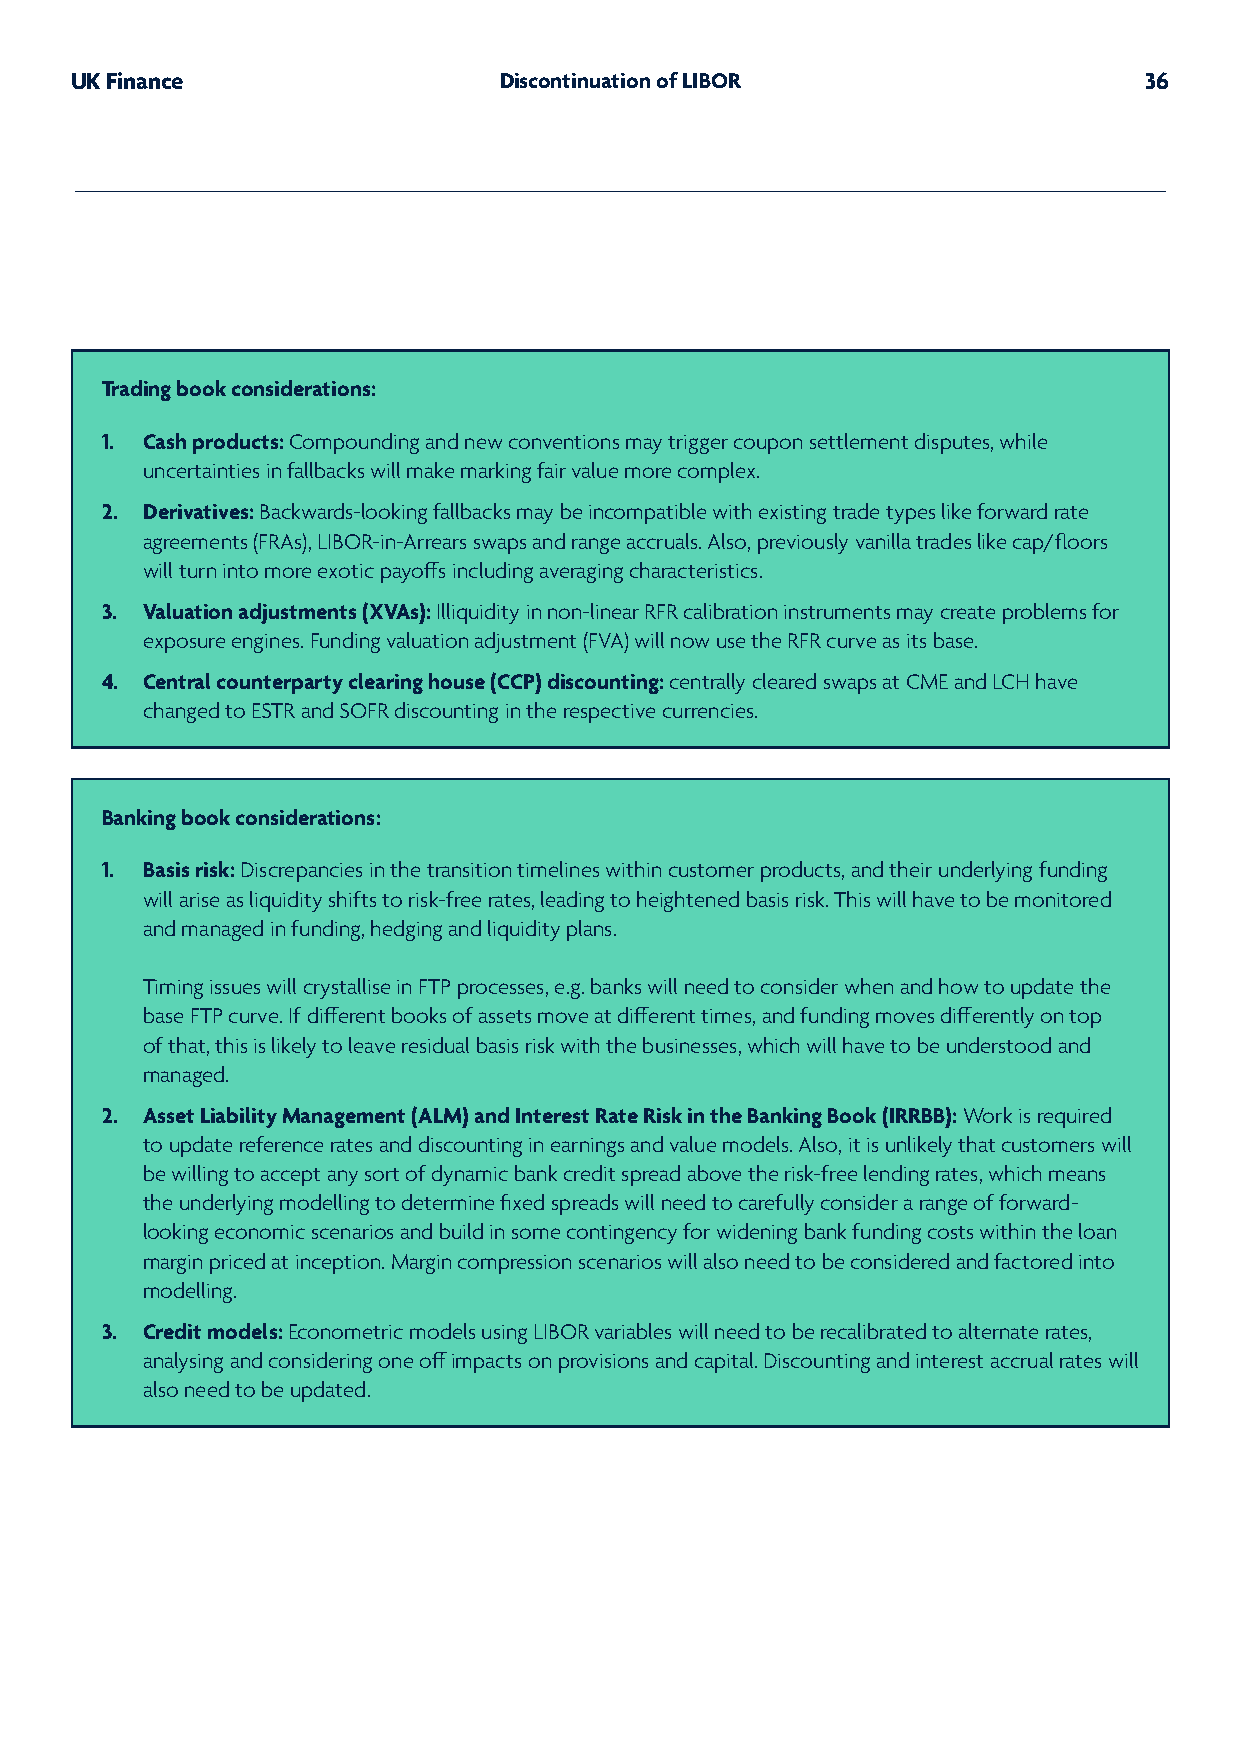
UK Finance                  Discontinuation of LIBOR                   36
 Trading book considerations:
 1. Cash products: Compounding and new conventions may trigger coupon settlement disputes, while
 uncertainties in fallbacks will make marking fair value more complex.
 2. Derivatives: Backwards-looking fallbacks may be incompatible with existing trade types like forward rate
 agreements (FRAs), LIBOR-in-Arrears swaps and range accruals. Also, previously vanilla trades like cap/floors
 will turn into more exotic payoffs including averaging characteristics.
 3. Valuation adjustments (XVAs): Illiquidity in non-linear RFR calibration instruments may create problems for
 exposure engines. Funding valuation adjustment (FVA) will now use the RFR curve as its base.
 4. Central counterparty clearing house (CCP) discounting: centrally cleared swaps at CME and LCH have
 changed to ESTR and SOFR discounting in the respective currencies.
 Banking book considerations:
 1. Basis risk: Discrepancies in the transition timelines within customer products, and their underlying funding
 will arise as liquidity shifts to risk-free rates, leading to heightened basis risk. This will have to be monitored
 and managed in funding, hedging and liquidity plans.
 Timing issues will crystallise in FTP processes, e.g. banks will need to consider when and how to update the
 base FTP curve. If different books of assets move at different times, and funding moves differently on top
 of that, this is likely to leave residual basis risk with the businesses, which will have to be understood and
 managed.
 2. Asset Liability Management (ALM) and Interest Rate Risk in the Banking Book (IRRBB): Work is required
 to update reference rates and discounting in earnings and value models. Also, it is unlikely that customers will
 be willing to accept any sort of dynamic bank credit spread above the risk-free lending rates, which means
 the underlying modelling to determine fixed spreads will need to carefully consider a range of forward-
 looking economic scenarios and build in some contingency for widening bank funding costs within the loan
 margin priced at inception. Margin compression scenarios will also need to be considered and factored into
 modelling.
 3. Credit models: Econometric models using LIBOR variables will need to be recalibrated to alternate rates,
 analysing and considering one off impacts on provisions and capital. Discounting and interest accrual rates will
 also need to be updated.